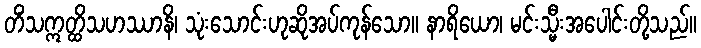
တိံသဣတ္ထိသဟဿာနိ၊ သုံးသောင်းဟုဆိုအပ်ကုန်သော။ နာရိယော၊ မင်းသ္မီးအပေါင်းတို့သည်။